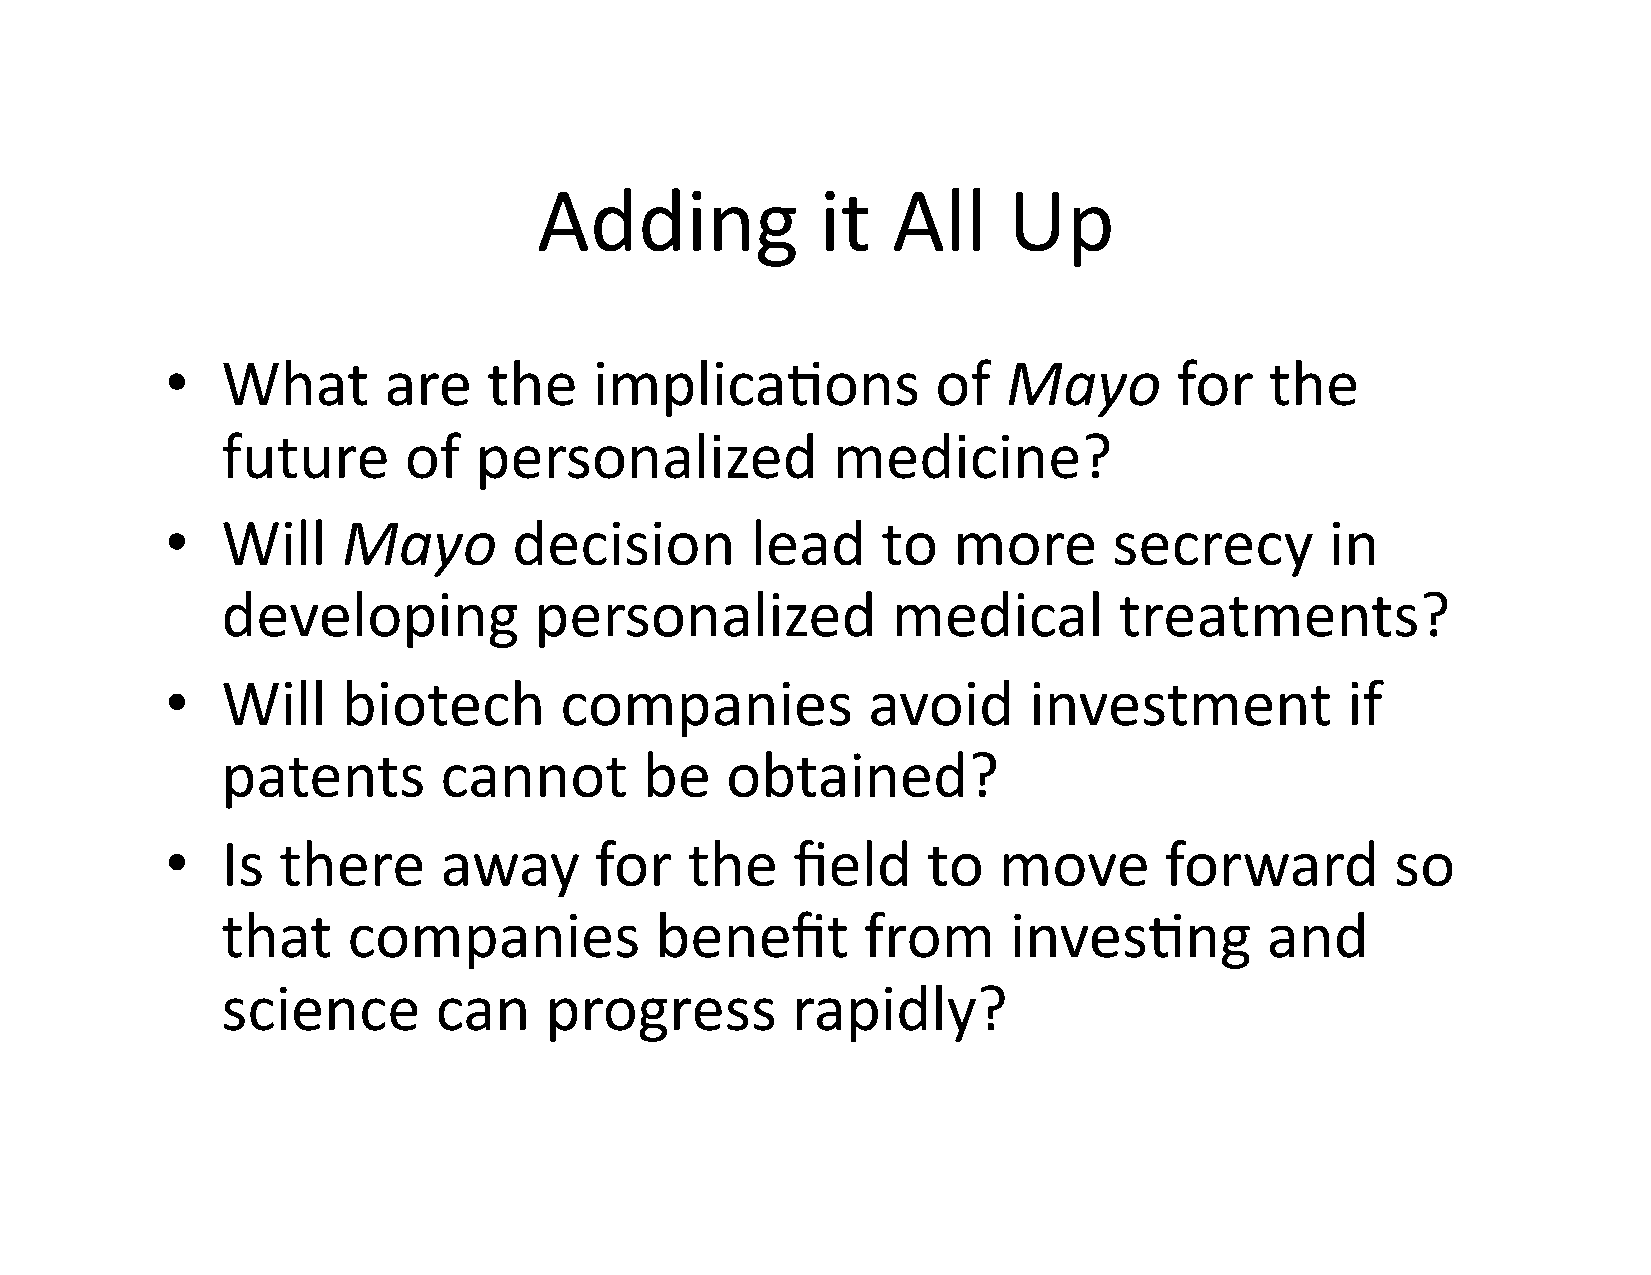
Adding            it   All     Up
 •   What      are    the    implica$ons            of   Mayo       for   the
 future      of  personalized            medicine?
 •   Will    Mayo       decision        lead    to   more       secrecy       in
 developing          personalized            medical        treatments?
 •   Will    biotech       companies           avoid      investment           if
 patents       cannot        be   obtained?
 •   Is there      away      for   the    field    to   move       forward        so
 that    companies           benefit       from      inves$ng         and
 science       can    progress        rapidly?